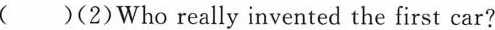
( )(2)Who really invented the first car?